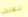
للقليل